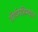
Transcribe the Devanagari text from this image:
तीर्थमहिम्यात